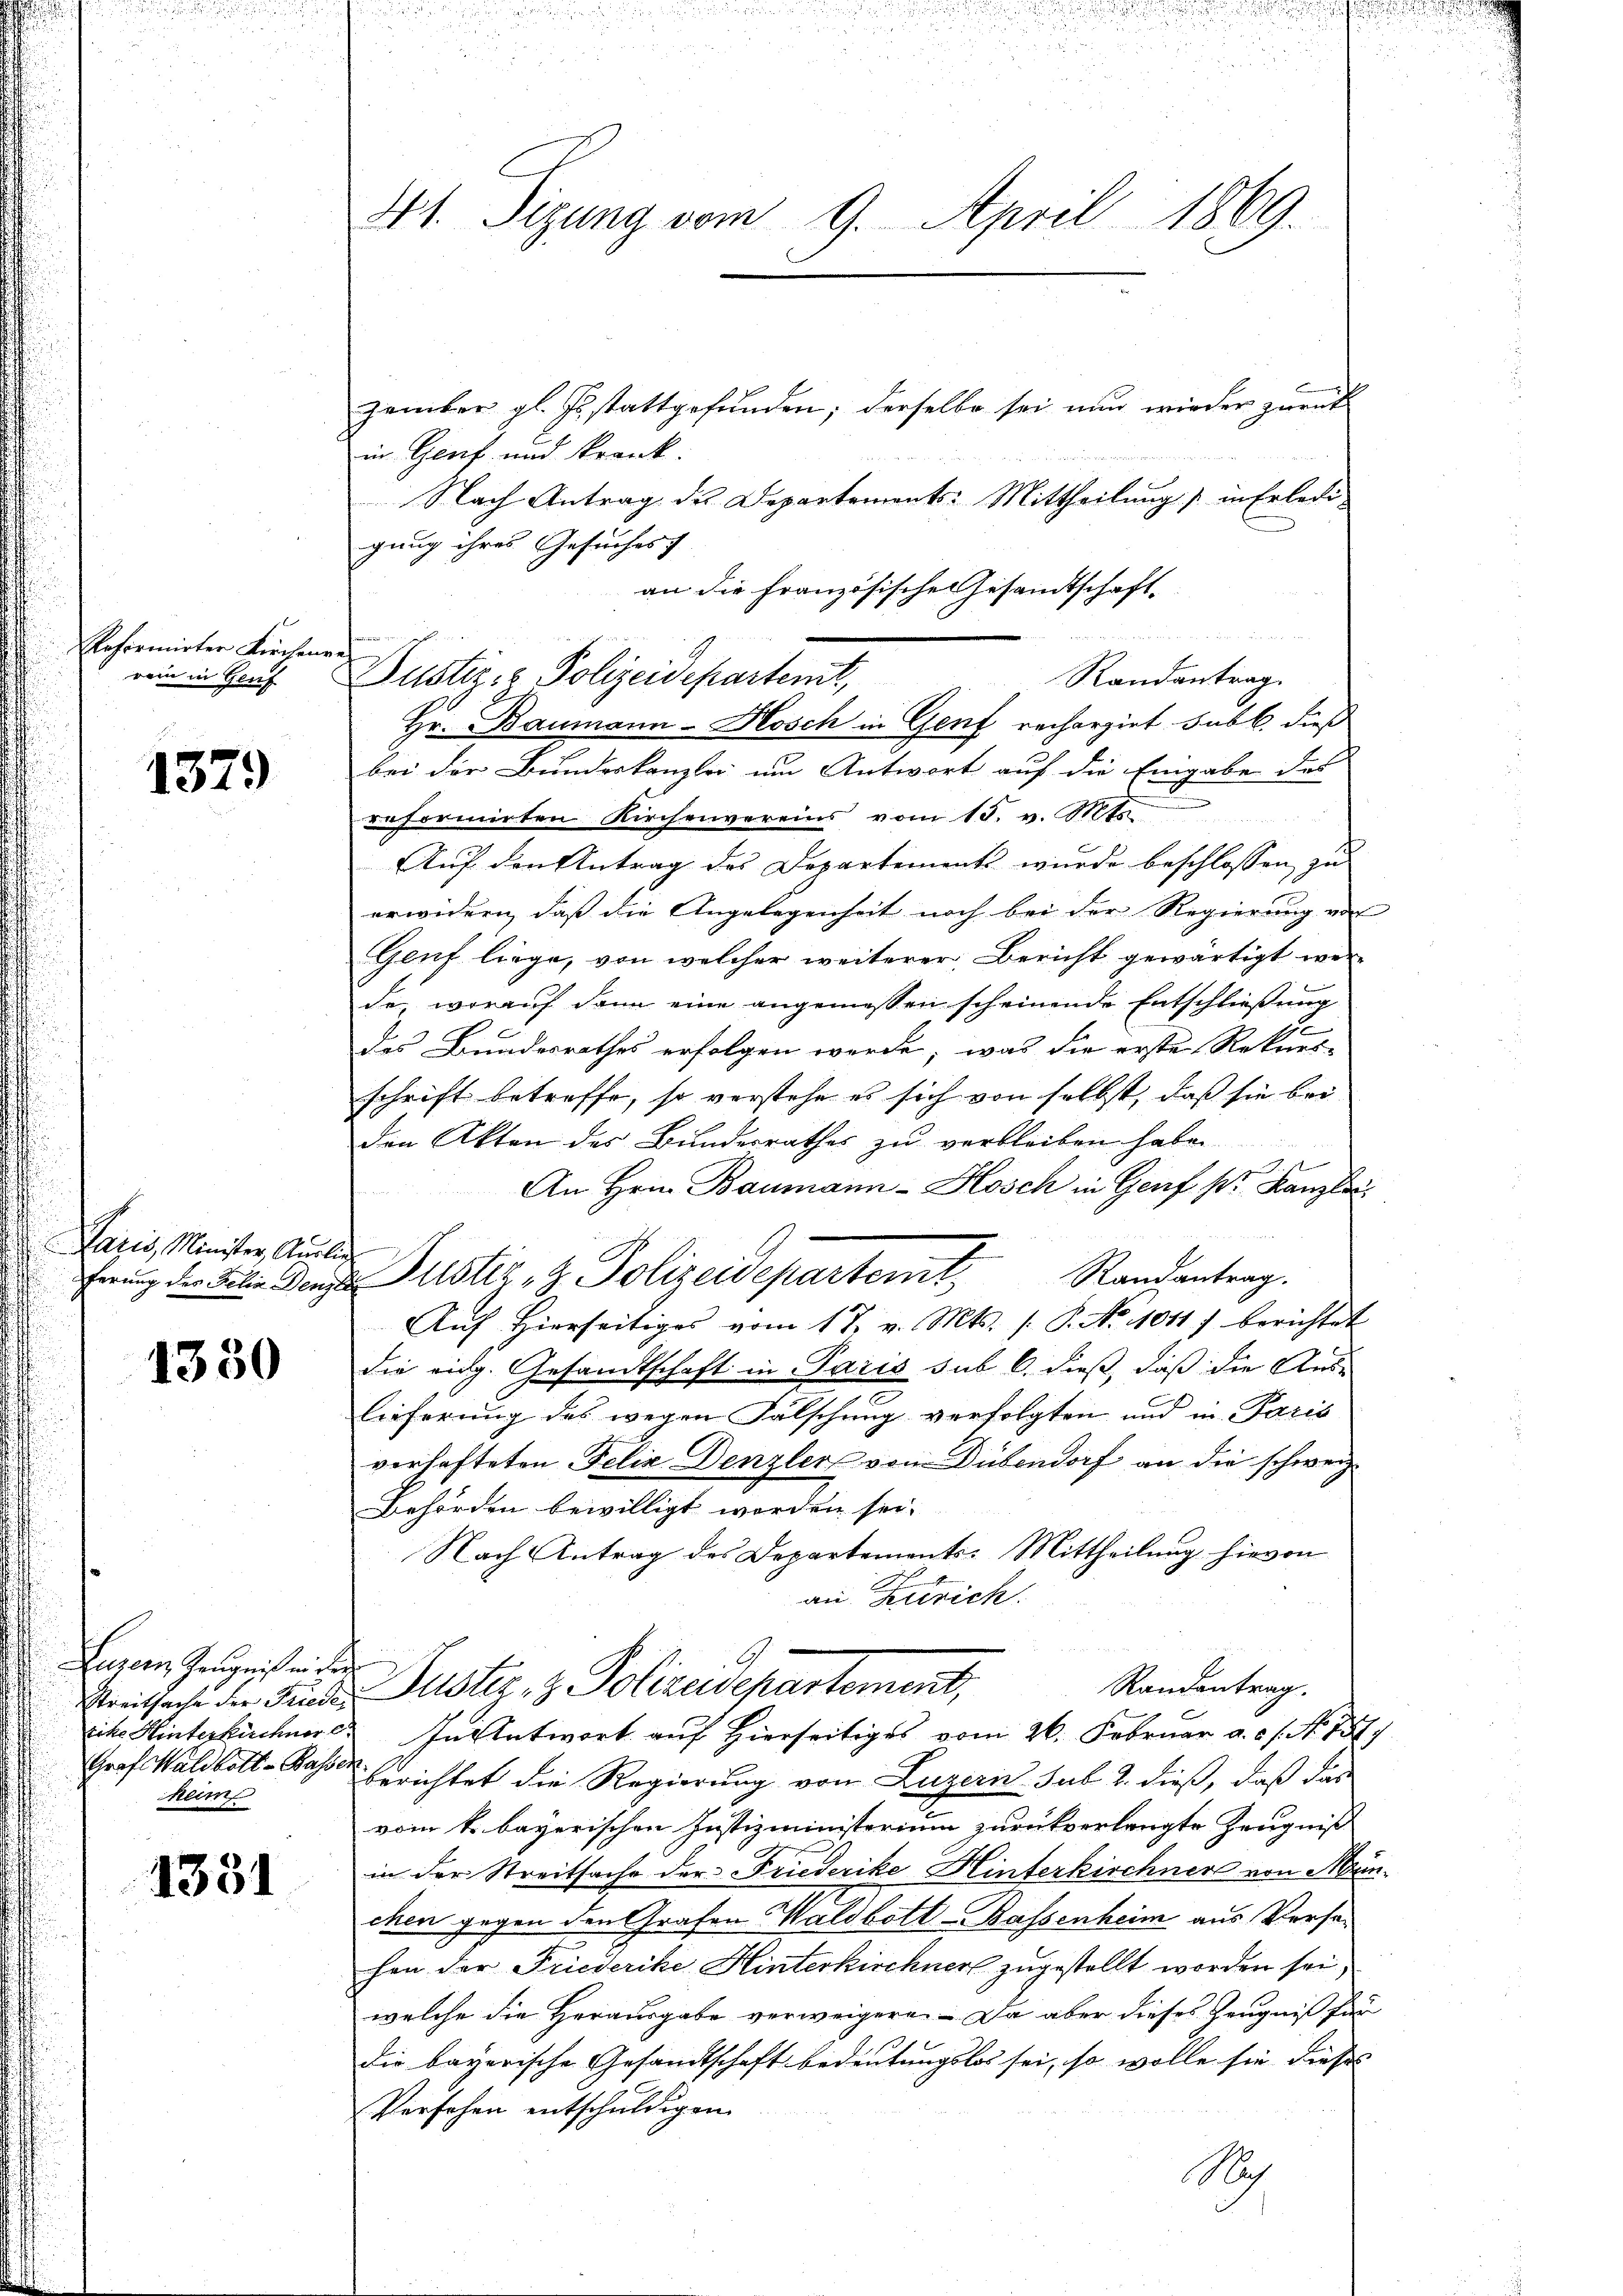
Reformirter Kirchenr
rein in Genf

.
1379

Paris, Minister, Ausli

1380

Luzern Zeugniß in der
Graf Waldbett-Basser
heim

1331

41. Sizung vom 9. April 1869.

zember gl. Es stattgefunden; derselbe sei nun wieder zurück
in Genf und krank.
Nach Antrag des Departements-Mittheilung in Erledigung ihres Gesuches f
an die Französische Gesandtschaft.
bei der Bundeskanzlei um Antwort auf die Eingabe des
reformirten Kirchenvereins vom 18. v. Mt
Auf den Antrag des Departements wurde beschlossen zu
erwidern, daß die Angelegenheit noch bei der Regierung von
Genf liege, von welcher weiterer, Bericht gewärtigt wer-
da, worauf dann eine angemessen scheinende Entschließung
e
des Bundesrathes erfolgen werde, was die erste Rekurs-
schrift betreffe, so verstehe es sich von selbst, daß sie bei
den Akten des Bundesrathes zu verbleiben habe.
1
An Hrn. Baumann-Kosch in Genf pr. Kanzlic
Franz der Tit. Denge Justiz & Polizeidepartemt. Randantrag.
Aŭf Hierseitiges vom 17. v. Mts. s. P. Nr. 1011 berichtet
die eidg. Gesandtschaft in Paris sub 6. dieß, daß die Aus-
lieferung des wegen Falschung verfolgten und in Paris
verhafteten Felix Denzler vom Dübendorf an die schweiz.
Behörden bewilligt worden sei.
Nach Antrag des Departements-Mittheilung hievon
an Zutrich.
.
G
Randantrag.
Geitsache der Frieder Justiz- & Polizeidepartement,
eiche Hinterkirchner. In Antwort auf Hierseitiges vom 26. Februar a. c. s. No. 731.
berichtet die Regierung von Luzern sub 2. dieß, daß das
vom k. bayerischen Justizministerium zurückverlangte Zeugniß
in der Streitsache der Friederike Hinterkirchner von Menchen gegen den Grafen Waldbott-Bassenheim aus Versehen der Friederike Hinterkirchner zugestellt worden sei,
welche die Herausgabe verweigere. Da aber dieses Zeugniß für
die bayerische Gesandtschaft bedeutungslos sei, so wolle sie dieses
Versehen entschuldigen.

a
c
Pustiz- & Polizeidepartemt,
Randantrag.
Hr. Baumann-Hosch in Genf rechargirt sub b. dieß